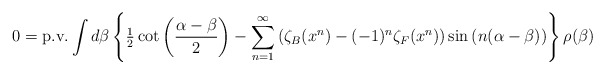
\begin{align*}0=\mathrm{p.v.} \int {d\beta } \left\{ {{\textstyle{1 \over 2}}\cot \left( {{{\alpha -\beta } \over 2}} \right)-\sum\limits_{n=1}^\infty {\left( {\zeta_B(x^n)-(-1)^n\zeta_F(x^n)} \right)\sin \left( {n(\alpha -\beta )} \right)}} \right\}\rho (\beta ) \end{align*}